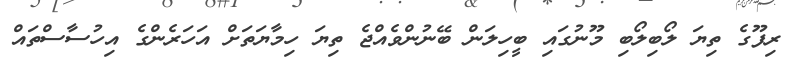
ރިފޫގެ ތިޔަ ލޯބިލޯބި މޫނުގައި ބީހިލަން ބޭނުންވެއްޖެ ތިޔަ ހިމާޔަތަށް އަހަރެންގެ އިހުސާސްތައް